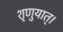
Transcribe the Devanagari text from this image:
शृणुयात्।